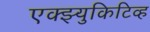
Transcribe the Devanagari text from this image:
एक्झ्युकिटिव्ह